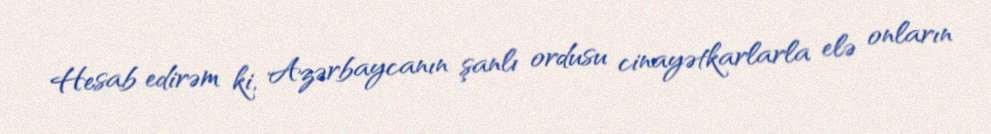
Hesab edirəm ki, Azərbaycanın şanlı ordusu cinayətkarlarla elə onların